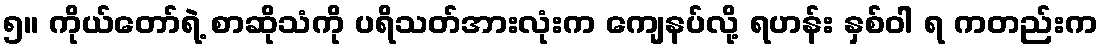
၅။ ကိုယ်တော်ရဲ့ စာဆိုသံကို ပရိသတ်အားလုံးက ကျေနပ်လို့ ရဟန်း နှစ်ဝါ ရ ကတည်းက